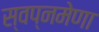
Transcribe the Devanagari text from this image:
स्वप्नमेणा